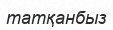
татқанбыз